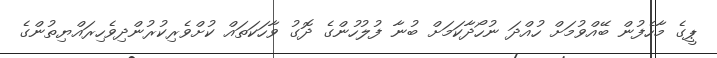
ޕީގެ މާހެފުން ބޭއްވުމަށް ހުއްދަ ނުހޯދާކަމަށް ބުނާ ފުލުހުންގެ ދޮގު ވާހަކަތައް ކުށްވެރިކުރުންދިވެހިރައްޔިތުންގެ